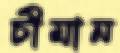
চীমান